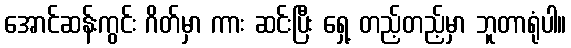
အောင်ဆန်းကွင်း ဂိတ်မှာ ကား ဆင်းပြီး ရှေ့ တည့်တည့်မှာ ဘူတာရုံပါ။